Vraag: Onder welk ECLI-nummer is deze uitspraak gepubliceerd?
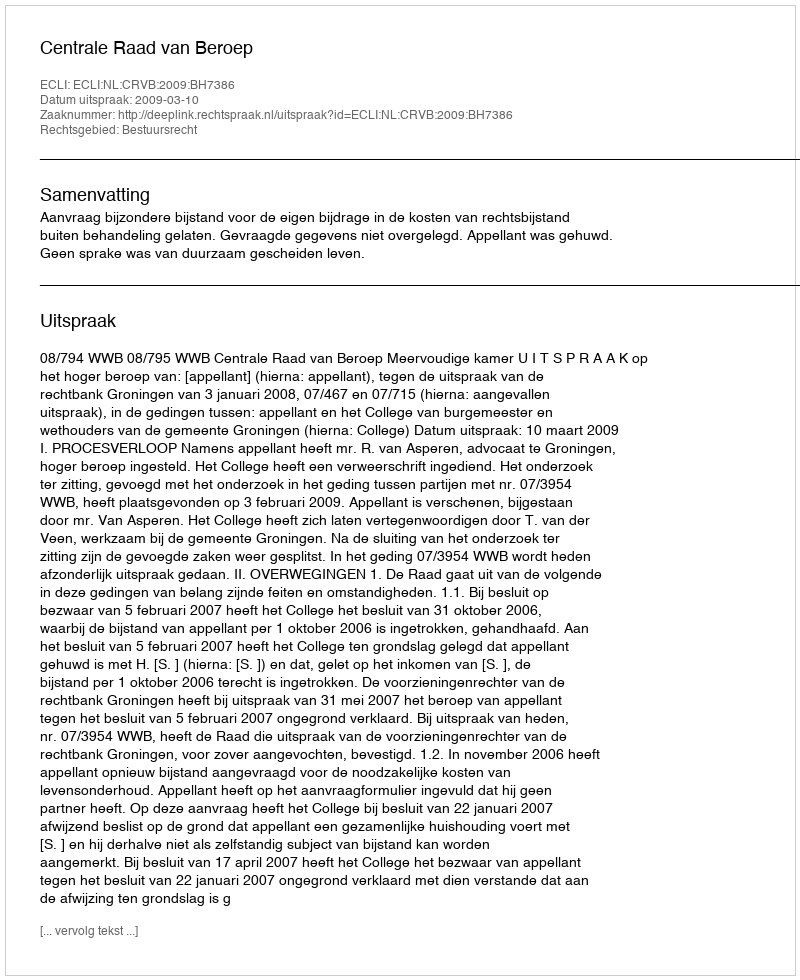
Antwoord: ECLI:NL:CRVB:2009:BH7386